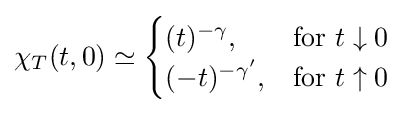
\chi _{T}(t,0)\simeq {\begin{cases}(t)^{-\gamma },&{\textrm {for}}\ t\downarrow 0\\(-t)^{-\gamma '},&{\textrm {for}}\ t\uparrow 0\end{cases}}